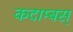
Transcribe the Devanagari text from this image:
कदाम्बस्